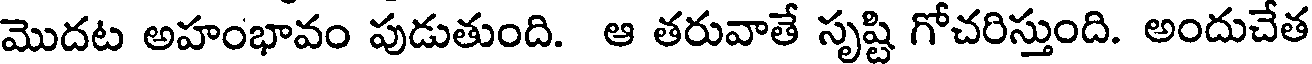
మొదట అహంభావం పుడుతుంది. ఆ తరువాతే సృష్టి గోచరిస్తుంది. అందుచేత